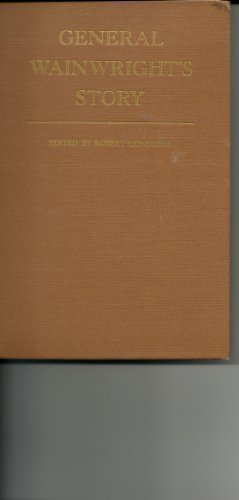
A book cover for General Wainwright's Story; History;